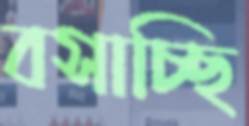
বসাচ্ছি